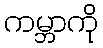
ကမ္ဘာကို